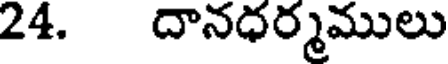
24. దానధర్మములు